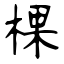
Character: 棵